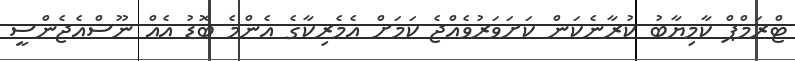
ޓްރަމްޕް ކާމިޔާބު ކުރާނެކަން ކަށަވަރުވެއްޖެ ކަމަށް އެމެރިކާގެ އެންމެ ބޮޑު އެއް ނޫސްއެޖެންސީ